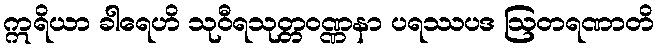
ဣရိယာ ခါရေဟိ သုဝီရသုတ္တဝဏ္ဏနာ ပရဿပဒ ဩတရဏာတိ